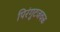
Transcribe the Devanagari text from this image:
पिरंगुटजवळ